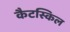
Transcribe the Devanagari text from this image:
कैटस्किल